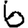
Digit: 6